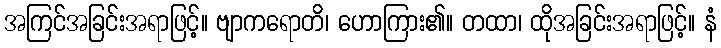
အကြင်အခြင်းအရာဖြင့်။ ဗျာကရောတိ၊ ဟောကြား၏။ တထာ၊ ထိုအခြင်းအရာဖြင့်။ နံ